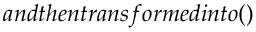
a n d t h e n t r a n s f o r m e d i n t o ( )